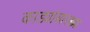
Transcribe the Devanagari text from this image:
काड्यांसारख्या